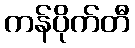
ကန်ပိုက်တီ